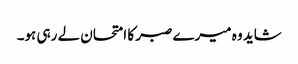
شاید وہ میرے صبر کا امتحان لے رہی ہو۔